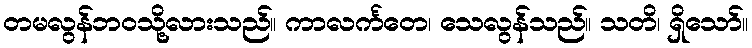
တမလွန်ဘဝသို့လားသည်။ ကာလင်္ကတေ၊ သေလွန်သည်။ သတိ၊ ရှိသော်။